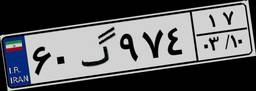
۲۷گ۷۲۱۵۰